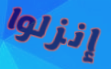
إنزلوا